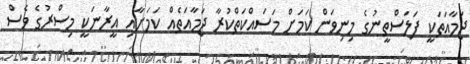
ޖަމާއަތަކީ ފަލަސްތީނުގެ މިނިވަން ކަމަށް މަސައްކަތްކުރާ ޖަމާއަތެއް ކަމަށާއި އީރާނަކީ މިސްރުގެ ވެސް